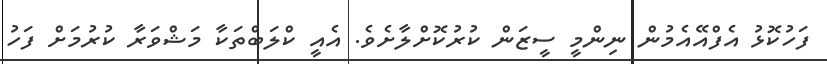
ފަހުކޮޅު އެފްއޭއެމުން ނިންމީ ސީޒަން ކުރުކޮށްލާށެވެ. އެއީ ކްލަބްތަކާ މަޝްވަރާ ކުރުމަށް ފަހު